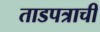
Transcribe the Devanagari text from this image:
ताडपत्राची